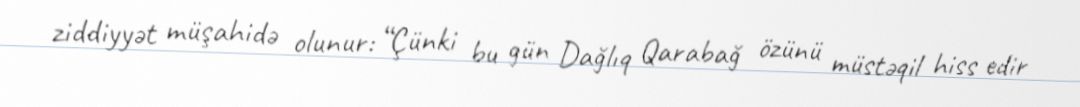
ziddiyyət müşahidə olunur: “Çünki bu gün Dağlıq Qarabağ özünü müstəqil hiss edir